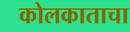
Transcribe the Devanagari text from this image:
कोलकाताचा